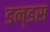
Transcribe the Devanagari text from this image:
डन्डस